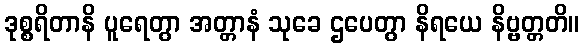
ဒုစ္စရိတာနိ ပူရေတွာ အတ္တာနံ သုခေ ဌပေတွာ နိရယေ နိဗ္ဗတ္တတိ။